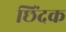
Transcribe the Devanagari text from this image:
छिंदक